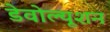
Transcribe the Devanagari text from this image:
डेवोल्यूशन